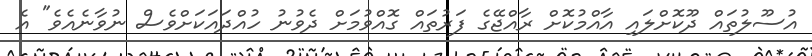
އުސޫލުތައް ދޫކޮށްލައި އާއްމުކޮށް ރާއްޖޭގެ ފަރުތައް ގޮއްވުމަށް ދެވުނު ހުއްދައަކަށްވެސް ނުވާނެއެވެ" އެ